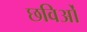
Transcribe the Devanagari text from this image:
छविओं